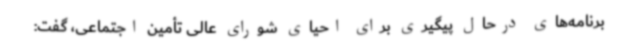
برنامه‌های درحال پیگیری برای احیای شورای عالی تأمین اجتماعی، گفت: